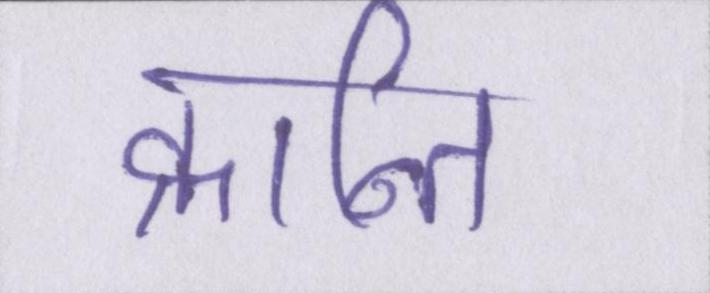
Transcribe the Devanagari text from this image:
क्रान्ति